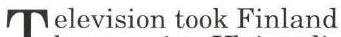
Television took Finland